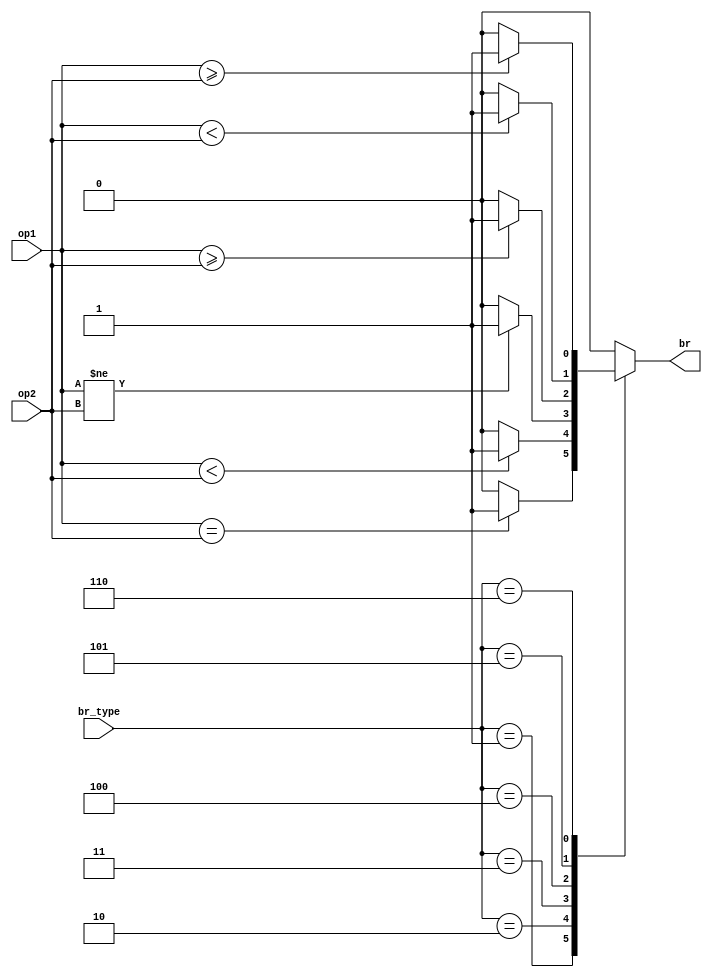
`timescale 1ns / 1ps
//////////////////////////////////////////////////////////////////////////////////
// Company: 
// Engineer: 
// 
// Design Name: 
// Module Name: Branch
// Project Name: 
// Target Devices: 
// Tool Versions: 
// Description: 
// 
// Dependencies: 
// 
// Revision:
// Revision 0.01 - File Created
// Additional Comments:
// 
//////////////////////////////////////////////////////////////////////////////////


module Branch(
	input [31:0] op1,op2,
	input [2:0] br_type,
	output reg br
    );

	//br_type
	parameter NO_BR=3'd0;
	parameter beq=3'd1;
	parameter blt=3'd2;
	parameter bne=3'd3;
	parameter bge=3'd4;
	parameter bltu=3'd5;
	parameter bgeu=3'd6;

	parameter YES=1'b1;
	parameter NO=1'b0;

	always @(*) 
	begin
		case(br_type)
			beq:
			begin
				if(op1==op2)
					br=YES;
				else
					br=NO;
			end
			blt:
			begin
				if($signed(op1)<$signed(op2))
					br=YES;
				else
					br=NO;
			end
			bne:
			begin
				if(op1!=op2)
					br=YES;
				else	
					br=NO;
			end
			bge:
			begin
				if($signed(op1)>=$signed(op2))
					br=YES;
				else
					br=NO;
			end
			bltu:
			begin
				if(op1<op2)
					br=YES;
				else
					br=NO;
			end
			bgeu:
			begin
				if(op1>=op2)
					br=YES;
				else
					br=NO;
			end
			default:br=0;
		endcase
	end
endmodule